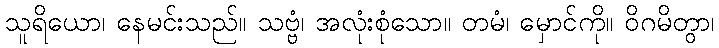
သူရိယော၊ နေမင်းသည်။ သဗ္ဗံ၊ အလုံးစုံသော။ တမံ၊ မှောင်ကို။ ဝိဂမိတွာ၊